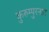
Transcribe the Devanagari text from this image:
कुरुम्पुरनाट